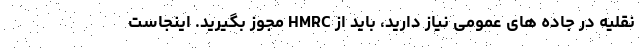
نقلیه در جاده های عمومی نیاز دارید، باید از HMRC مجوز بگیرید. اینجاست